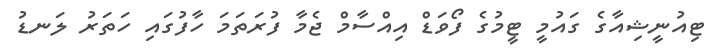
ޓިއުނީޝިއާގެ ގައުމީ ޓީމުގެ ފޯވަޑް އިއްސާމް ޖެމާ ފުރަތަމަ ހާފުގައި ހަތަރު ލަނޑު